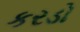
કરડો